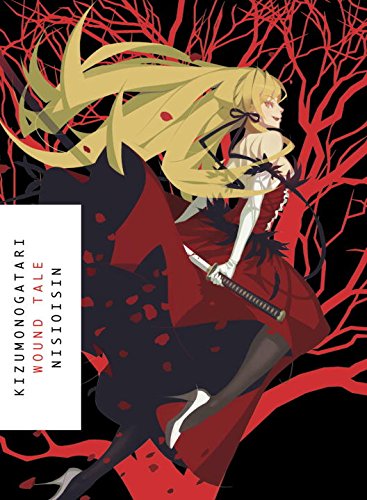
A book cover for KIZUMONOGATARI: Wound Tale; NISIOISIN; Science Fiction & Fantasy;